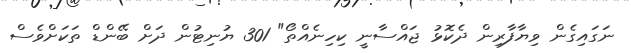
ނަގައިގެން ވިޔާފާރިން ދެކޮޅު ޖައްސާނީ ކިހިނެއްތޯ" 301 ޔުނިޓުން ދަށް ބޭންޑް ތަކަށްވެސް